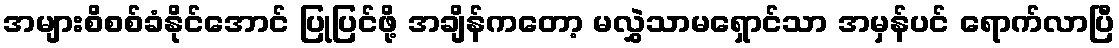
အများစိစစ်ခံနိုင်အောင် ပြုပြင်ဖို့ အချိန်ကတော့ မလွှဲသာမရှောင်သာ အမှန်ပင် ရောက်လာပြီ